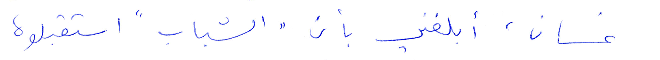
غسان، ابلغني بأن "الشباب" استقبلوه